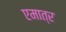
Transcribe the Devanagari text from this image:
एमात्र